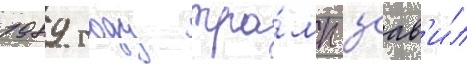
1989 году тра́мп заав'и́л